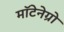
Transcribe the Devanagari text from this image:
मॉटेनेग्रो